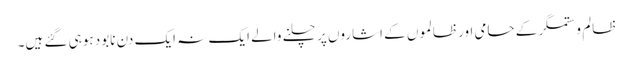
ظالم و ستمگر کے حامی اور ظالموں کے اشاروں پر چلنے والے ایک نہ ایک دن نابود ہوہی گئے ہیں۔